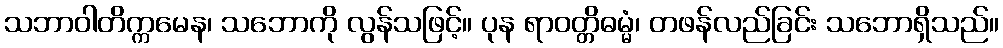
သဘာဝါတိက္ကမေန၊ သဘောကို လွန်သဖြင့်။ ပုန ရာဝတ္တိဓမ္မံ၊ တဖန်လည်ခြင်း သဘောရှိသည်။